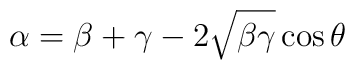
\alpha=\beta+\gamma-2\sqrt{\beta\gamma}\cos\theta